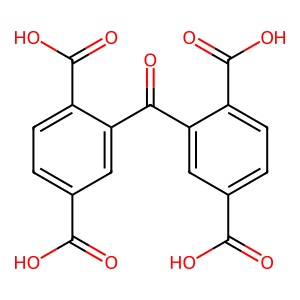
SMILES: O=C(O)c1ccc(C(=O)O)c(C(=O)c2cc(C(=O)O)ccc2C(=O)O)c1
Inhibits HIV replication: No